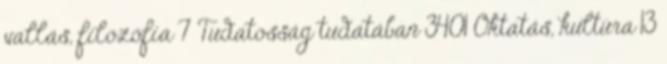
vallás, filozófia 7 Tudatosság tudatában 3401 Oktatás, kultúra 13